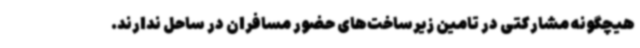
هیچگونه مشارکتی در تامین زیرساخت‌های حضور مسافران در ساحل ندارند.